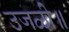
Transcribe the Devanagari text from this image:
उजळी॥